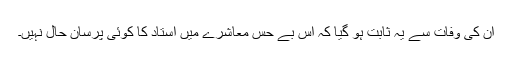
ان کی وفات سے یہ ثابت ہو گیا کہ اس بے حس معاشرے میں استاد کا کوئی پرسان حال نہیں۔